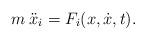
LaTeX: \begin{align*}m \: \ddot x_i = F_i (x,\dot x,t).\end{align*}